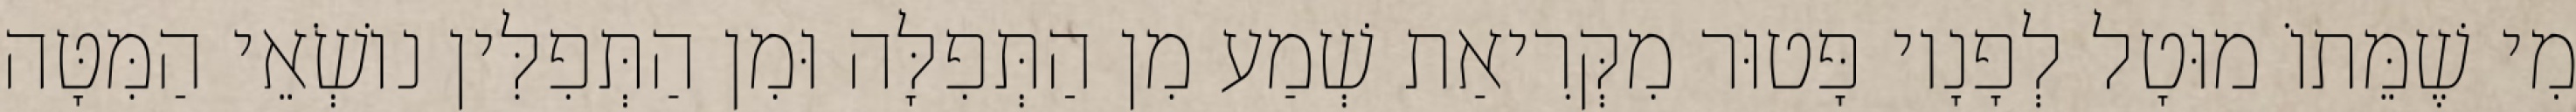
מִי שֶׁמֵּתוֹ מוּטָל לְפָנָיו פָּטוּר מִקְּרִיאַת שְׁמַע מִן הַתְּפִלָּה וּמִן הַתְּפִלִּין נוֹשְׂאֵי הַמִּטָּה